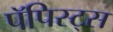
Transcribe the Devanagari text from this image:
पॅपिस्ट्स